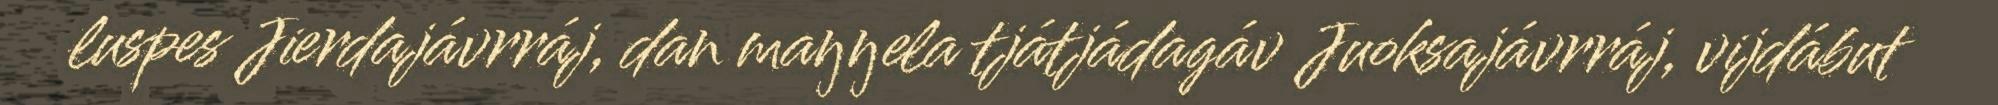
luspes Jierdajávrráj, dan maŋŋela tjátjádagáv Juoksajávrráj, vijdábut